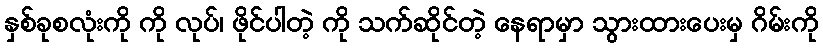
နှစ်ခုစလုံးကို ကို လုပ်၊ ဖိုင်ပါတဲ့ ကို သက်ဆိုင်တဲ့ နေရာမှာ သွားထားပေးမှ ဂိမ်းကို